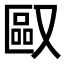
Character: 𪠯